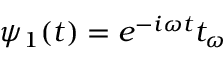
\psi _ { 1 } ( t ) = e ^ { - i \omega t } t _ { \omega }